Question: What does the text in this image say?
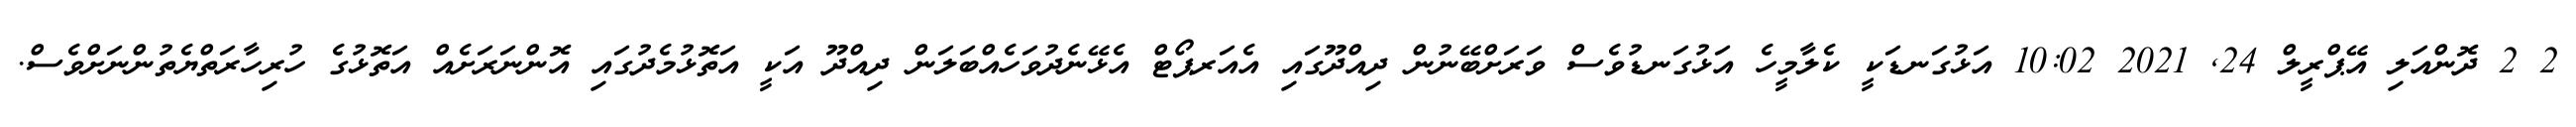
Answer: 2 2 ދޮންއަލި އޭޕްރީލް 24, 2021 10:02 އަޅުގަނޑަކީ ކެލާމީހެ އަޅުގަނޑުވެސް ވަރަށްބޭނުން ދިއްދޫގައި އެއަރޕޯޓް އެޅޭނެދުވަހެއްބަލަން ދިއްދޫ އަކީ އަތޮޅުމެދުގައި އޮންނަރަށެއް އަތޮޅުގެ ހުރިހާރަތްޔެތުންނަށްވެސް.